Problem: 8 × 6 = ?
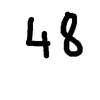
Handwritten answer: 48